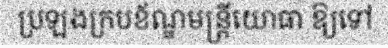
ប្រឡងក្របខ័ណ្ឌមន្ត្រីយោធា ឱ្យទៅ